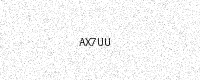
Text: AX7UU